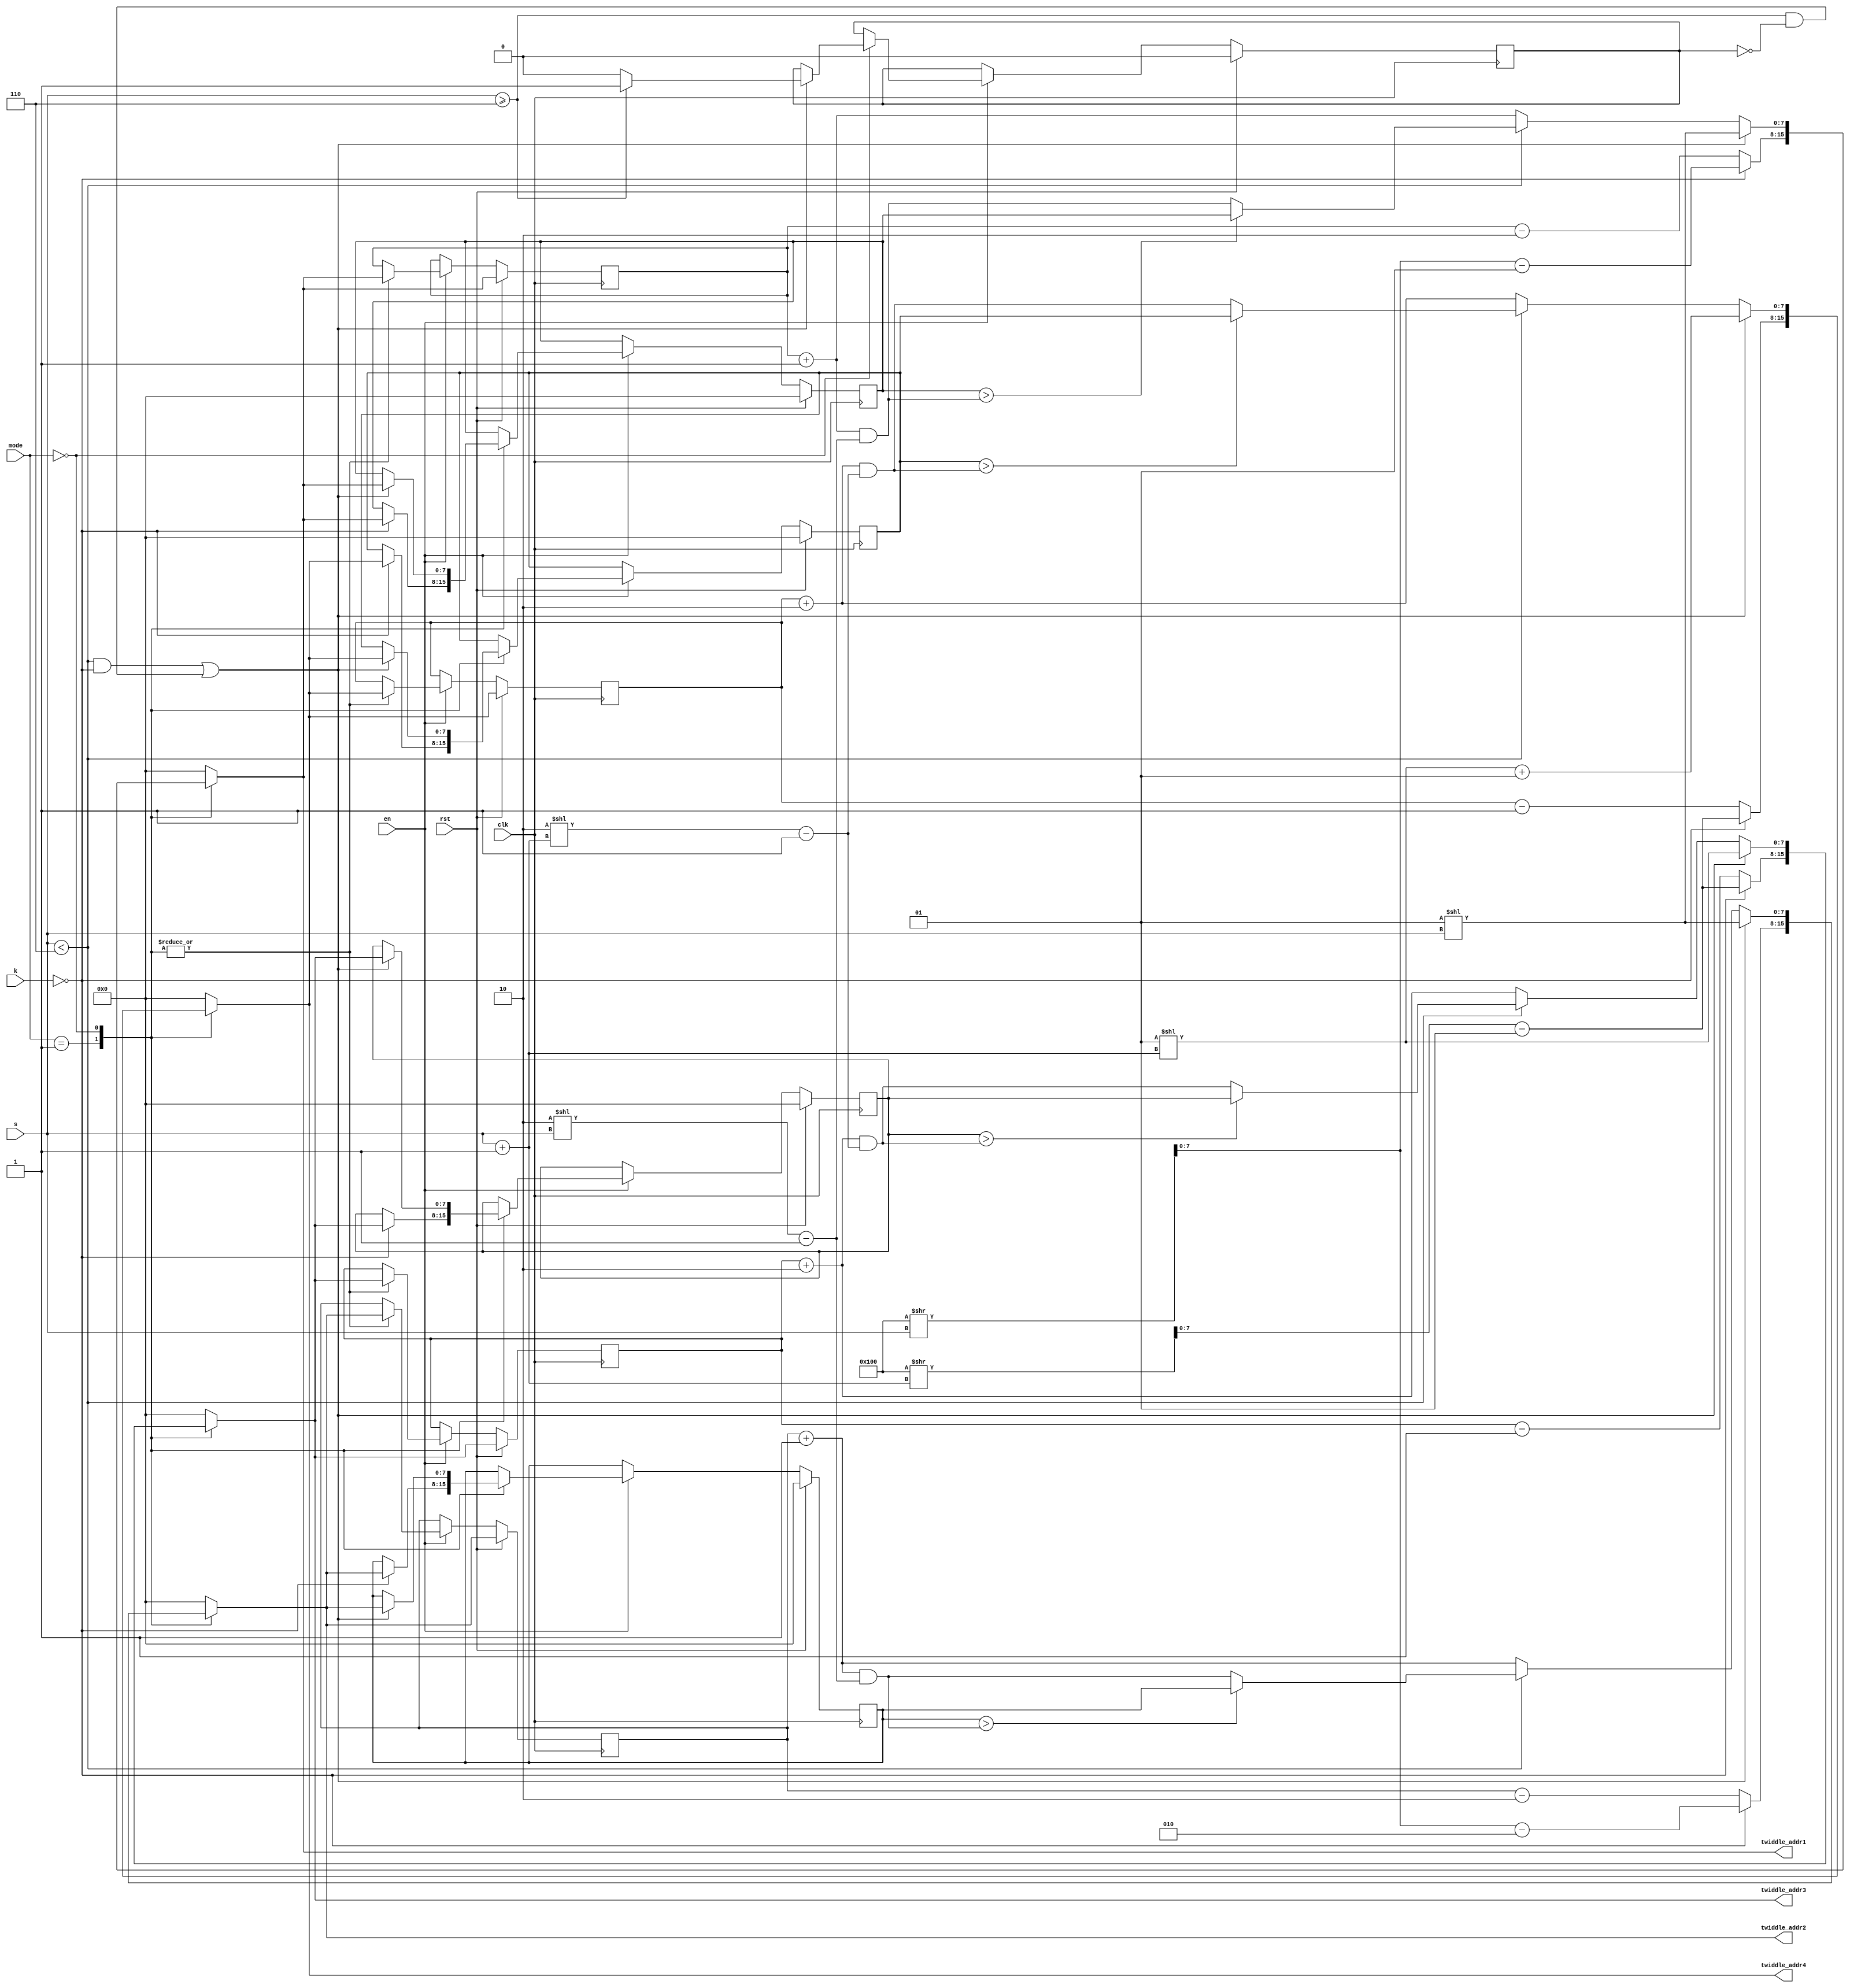
/*
 * From our research paper "High-Performance Hardware Implementation of CRYSTALS-Dilithium"
 * by Luke Beckwith, Duc Tri Nguyen, Kris Gaj
 * at George Mason University, USA
 * https://eprint.iacr.org/2021/1451.pdf
 * =============================================================================
 * Copyright (c) 2021 by Cryptographic Engineering Research Group (CERG)
 * ECE Department, George Mason University
 * Fairfax, VA, U.S.A.
 * Licensed under the Apache License, Version 2.0 (the "License");
 * you may not use this file except in compliance with the License.
 * You may obtain a copy of the License at
 *     http://www.apache.org/licenses/LICENSE-2.0
 * Unless required by applicable law or agreed to in writing, software
 * distributed under the License is distributed on an "AS IS" BASIS,
 * WITHOUT WARRANTIES OR CONDITIONS OF ANY KIND, either express or implied.
 * See the License for the specific language governing permissions and
 * limitations under the License.
 * =============================================================================
 * @author   Luke Beckwith <lbeckwit@gmu.edu>
 */


`timescale 1ns / 1ps

module twiddle_resolver(
    input clk,
    input rst,
    input [2:0] mode,
    input en,
    input [5:0] k,
    input [3:0] s,
    output reg [7:0] twiddle_addr1 = 0,
    output reg [7:0] twiddle_addr2 = 0,
    output reg [7:0] twiddle_addr3 = 0,
    output reg [7:0] twiddle_addr4 = 0
    );
    
    localparam 
        DILITHIUM_N = 256;
    
    reg [7:0] tw_base_i [3:0];
    
    reg t_last;
    reg [7:0] l1, l2, l3, l4;
    reg [7:0] l1_base, l2_base, l3_base, l4_base;
    
    wire [7:0] l1_addmask, l2_addmask, l3_addmask, l4_addmask;
    assign l1_addmask = (l1 + 1) & ((2 << s) - 1); 
    assign l2_addmask = (l2 + 1) & ((2 << s) - 1); 
    
    assign l3_addmask = (l3 + 2) & (2 << (s + 1)) - 1; 
    assign l4_addmask = (l4 + 2) & (2 << (s + 1)) - 1; 

    localparam
        FORWARD_NTT_MODE = 3'd0,
        INVERSE_NTT_MODE = 3'd1,
        MULT_MODE        = 3'd2,
        ADD_MODE         = 3'd3,
        SUB_MODE         = 3'd4;
    
    initial begin
        l1 = 0;
        l2 = 0;
        l3 = 0;
        l4 = 0;
        tw_base_i[0] = 0;
        tw_base_i[1] = 0;
        tw_base_i[2] = 0;
        tw_base_i[3] = 0;
        t_last = 0;
    end
    
    always @(*) begin    
        twiddle_addr1 = 0;
        twiddle_addr2 = 0;
        twiddle_addr3 = 0;
        twiddle_addr4 = 0;
    
        l1_base = 0;
        l2_base = 0;
        l3_base = 0;
        l4_base = 0;
    
        case(mode)
        INVERSE_NTT_MODE: begin
            if (k == 0) begin
                l1_base = (DILITHIUM_N >> s) - 1;
                l2_base = (DILITHIUM_N >> s) - 2;
                l3_base = (DILITHIUM_N >> (s + 1)) - 1;
                l4_base = l3_base;
            end else begin
                l1_base = l1 - 2;
                l2_base = l2 - 2;
                l3_base = l3 - 1;
                l4_base = l4 - 1;   
            end
            
            
            twiddle_addr1 = l1_base;
            twiddle_addr2 = l2_base;
            twiddle_addr3 = l3_base;
            twiddle_addr4 = l4_base;
        end
        FORWARD_NTT_MODE: begin
            if ((s < 6 && k == 0) || (s >= 6 && !t_last)) begin
                l1_base = 1 << s;
                l2_base = 1 << s;
                l3_base = (1 << (s + 1));
                l4_base = (1 << (s + 1)) + 1;
            end else begin
                if (s < 6) begin
                    l1_base = (tw_base_i[0] > l1_addmask) ? tw_base_i[0] : l1_addmask;
                    l2_base = (tw_base_i[1] > l2_addmask) ? tw_base_i[1] : l2_addmask;
                    l3_base = (tw_base_i[2] > l3_addmask) ? tw_base_i[2] : l3_addmask;
                    l4_base = (tw_base_i[3] > l4_addmask) ? tw_base_i[3] : l4_addmask;
                end else begin
                    l1_base = l1 + 1;
                    l2_base = l2 + 1;
                    l3_base = l3 + 2;
                    l4_base = l4 + 2;  
                end
            end

            twiddle_addr1 = l1_base;
            twiddle_addr2 = l2_base;
            twiddle_addr3 = l3_base;
            twiddle_addr4 = l4_base;
        end
        endcase
    end
    
    
    always @(posedge clk) begin
        if (rst) begin
            l1 <= l1_base;
            l2 <= l2_base;
            l3 <= l3_base;
            l4 <= l4_base;
            
            t_last <= 0;
            tw_base_i[0] <= 0;
            tw_base_i[1] <= 0;
            tw_base_i[2] <= 0;
            tw_base_i[3] <= 0;
        end else if (en) begin
            case(mode)
            INVERSE_NTT_MODE: begin
                l1 <= l1_base;
                l2 <= l2_base;
                l3 <= l3_base;
                l4 <= l4_base;

                if (k == 0) begin
                    tw_base_i[0] <= l1_base;
                    tw_base_i[1] <= l2_base;
                    tw_base_i[2] <= l3_base;
                    tw_base_i[3] <= l4_base;
                end

            end
            FORWARD_NTT_MODE: begin
                l1 <= l1_base;
                l2 <= l2_base;
                l3 <= l3_base;
                l4 <= l4_base;
            
                if ((s < 6 && k == 0) || (s >= 6 && !t_last)) begin
                    tw_base_i[0] <= l1_base;
                    tw_base_i[1] <= l2_base;
                    tw_base_i[2] <= l3_base;
                    tw_base_i[3] <= l4_base;
                    
                    t_last <= (s >= 6) ?  1 : 0;
                end
            end
            endcase
        end
    end
    
endmodule